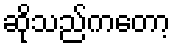
ဆိုသည်ကတော့